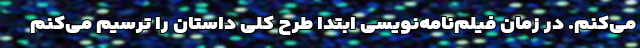
می‌کنم. در زمان فیلم‌نامه‌نویسی ابتدا طرح کلی داستان را ترسیم می‌کنم